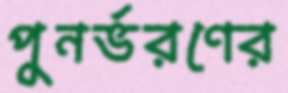
পুনর্ভরণের